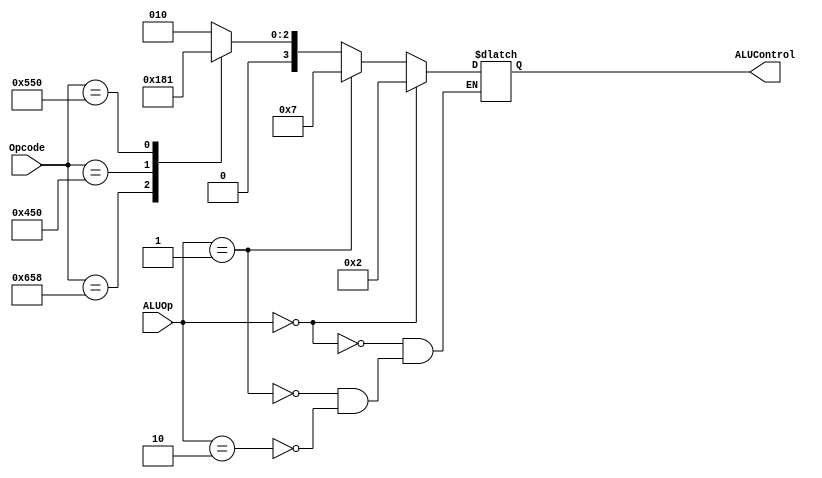
module ALUControl(
input [10:0] Opcode,
input [1:0] ALUOp,
output reg [3:0] ALUControl
);
	 
always @(Opcode, ALUOp)
	begin
		if (ALUOp == 2'b10) //R-Format
			begin 
				case(Opcode)
					11'b10001011000: ALUControl = 4'b0010; //ADD
					11'b11001011000: ALUControl = 4'b0110; //SUB
					11'b10001010000: ALUControl = 4'b0000; // AND
					11'b10101010000: ALUControl = 4'b0001; //OR
					default: ALUControl = 4'b0010;
				endcase
			end	
		if (ALUOp == 2'b01)
			begin
				ALUControl = 4'b0111; //Branch
			end
		if (ALUOp == 2'b00)
			begin
				ALUControl = 4'b0010; //LDUR e STUR
			end
	end	
		
endmodule